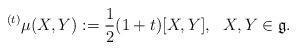
LaTeX: \begin{align*} {}^{(t)}\mu(X,Y):=\frac{1}{2}(1+t) [X, Y],\ \ X,Y \in \mathfrak{g}. \end{align*}